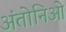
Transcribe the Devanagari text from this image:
अंतोनिओ